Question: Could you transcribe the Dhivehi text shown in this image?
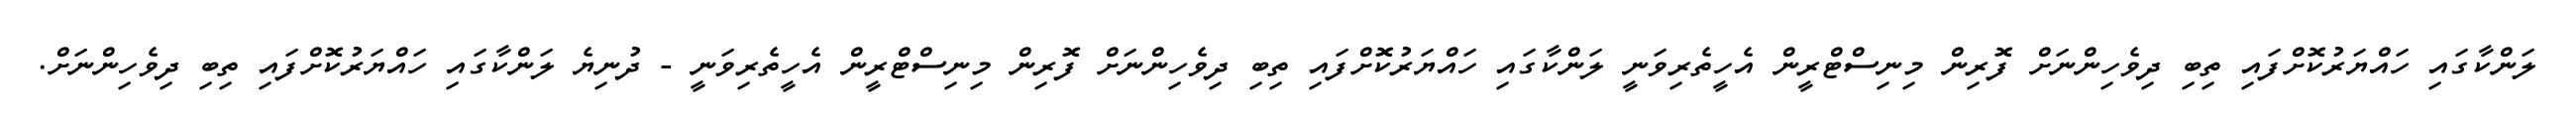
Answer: ލަންކާގައި ހައްޔަރުކޮށްފައި ތިބި ދިވެހިންނަށް ފޮރިން މިނިސްޓްރީން އެހީތެރިވަނީ ލަންކާގައި ހައްޔަރުކޮށްފައި ތިބި ދިވެހިންނަށް ފޮރިން މިނިސްޓްރީން އެހީތެރިވަނީ - ދުނިޔެ ލަންކާގައި ހައްޔަރުކޮށްފައި ތިބި ދިވެހިންނަށް.